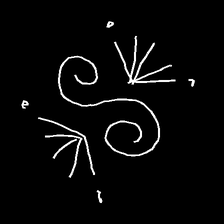
Glyph: aeroform